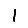
Digit: 1